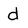
Character: d